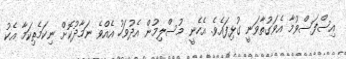
އިސްފަސްވުމާ އެވަގުތާވަނީ ގުޅިފައެވެ. އެހެނީ މުސްލިމުން އެދުވަހު އެއްވެ ނަމާދުކޮށް ނިކަމެތިކަމާ އެކު